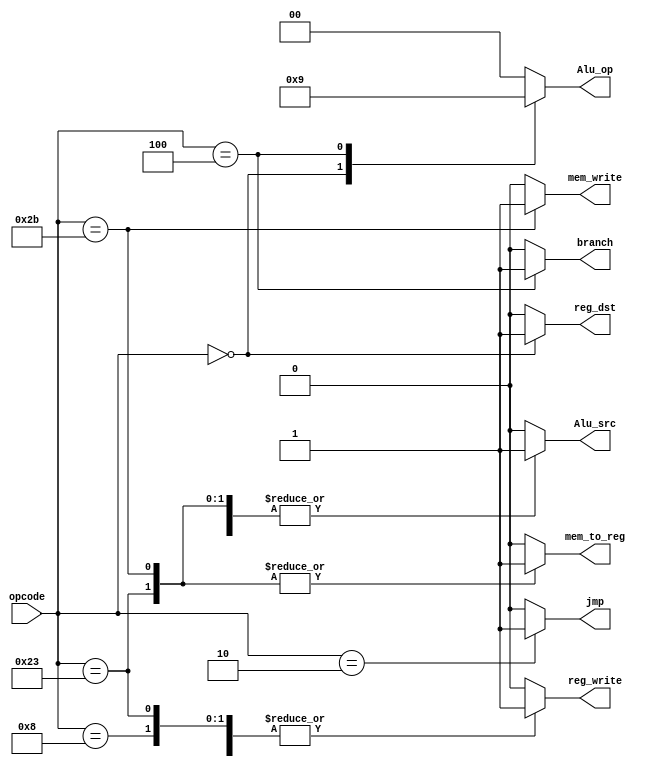
module Main_decoder (
    input wire [5:0] opcode,
    output reg       jmp,
    output reg       mem_to_reg,
    output reg       mem_write,
    output reg       branch,
    output reg       Alu_src,
    output reg       reg_dst,
    output reg       reg_write,
    output reg [1:0] Alu_op
);

always @(*)
    begin
        case (opcode)
            6'b100011:
                begin
                    jmp=1'b0;
                    Alu_op=2'b0;
                    mem_write=1'b0;
                    reg_write=1'b1;
                    reg_dst=1'b0;
                    Alu_src=1'b1;
                    mem_to_reg=1'b1;
                    branch=1'b0;
                end 
            6'b101011:
                begin
                    jmp=1'b0;
                    Alu_op=2'b0;
                    mem_write=1'b1;
                    reg_write=1'b0;
                    reg_dst=1'b0;
                    Alu_src=1'b1;
                    mem_to_reg=1'b1;
                    branch=1'b0;
                end
            6'b000000:
                begin
                    jmp=1'b0;
                    Alu_op=2'b10;
                    mem_write=1'b0;
                    reg_write=1'b1;
                    reg_dst=1'b1;
                    Alu_src=1'b0;
                    mem_to_reg=1'b0;
                    branch=1'b0;
                end
            6'b001000:
                begin
                    jmp=1'b0;
                    Alu_op=2'b0;
                    mem_write=1'b0;
                    reg_write=1'b1;
                    reg_dst=1'b0;
                    Alu_src=1'b1;
                    mem_to_reg=1'b0;
                    branch=1'b0;
                end
            6'b000100:
                begin
                    jmp=1'b0;
                    Alu_op=2'b01;
                    mem_write=1'b0;
                    reg_write=1'b0;
                    reg_dst=1'b0;
                    Alu_src=1'b0;
                    mem_to_reg=1'b0;
                    branch=1'b1;
                end
            6'b000010:
                begin
                    jmp=1'b1;
                    Alu_op=2'b0;
                    mem_write=1'b0;
                    reg_write=1'b0;
                    reg_dst=1'b0;
                    Alu_src=1'b0;
                    mem_to_reg=1'b0;
                    branch=1'b0;
                end
            default:
                begin
                    jmp=1'b0;
                    Alu_op=2'b0;
                    mem_write=1'b0;
                    reg_write=1'b0;
                    reg_dst=1'b0;
                    Alu_src=1'b0;
                    mem_to_reg=1'b0;
                    branch=1'b0;
                end
        endcase
    end 

endmodule